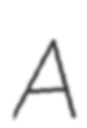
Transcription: A